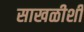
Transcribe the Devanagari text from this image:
साखळीशी